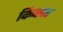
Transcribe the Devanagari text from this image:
किब्लर